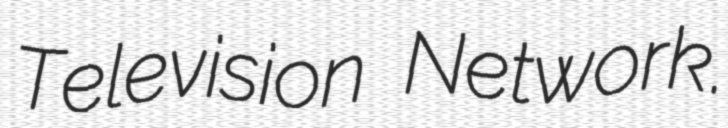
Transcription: Television Network.